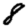
Digit: 8